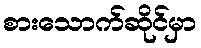
စားသောက်ဆိုင်မှာ